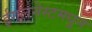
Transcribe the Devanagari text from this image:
ईगलनेस्टमधून